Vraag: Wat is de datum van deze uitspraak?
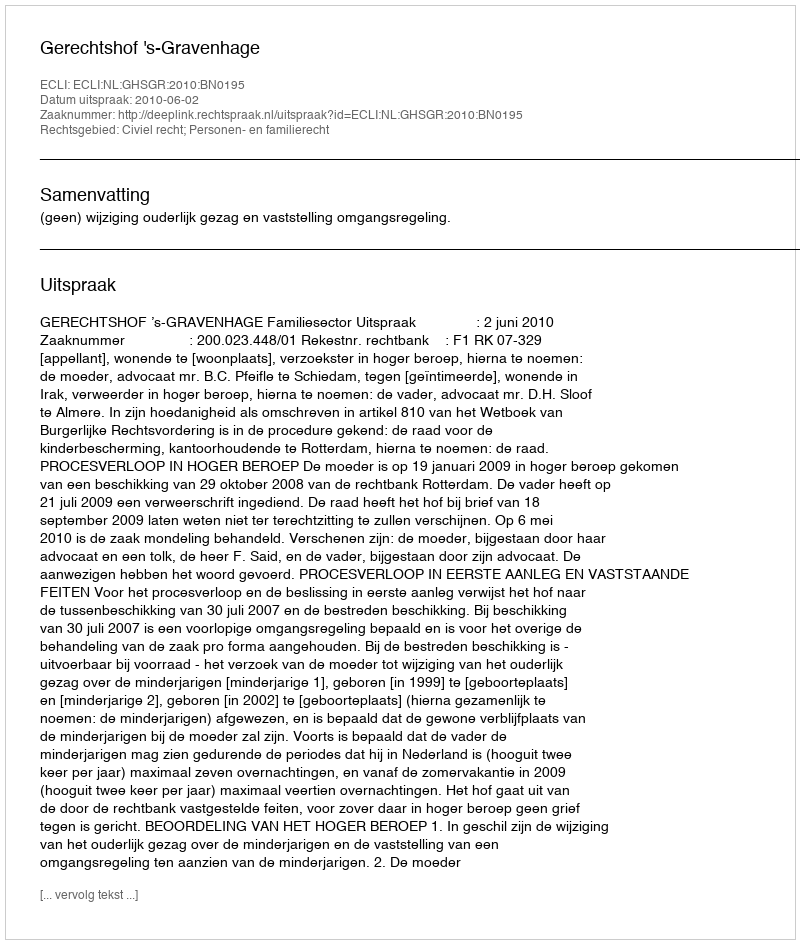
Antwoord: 2010-06-02